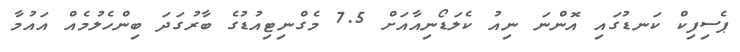
ޕެސިފިކް ކަނޑުގައި އޮންނަ ނިއު ކެލަޑޯނިއާއަށް 7.5 މެގްނިޓިއުޑުގެ ބާރުގަދަ ބިންހެލުމެއް އައުމާ